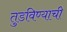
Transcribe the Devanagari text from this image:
तुडविण्याची